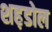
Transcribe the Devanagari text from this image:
शह़डोल